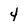
Character: 4